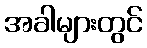
အခါများတွင်